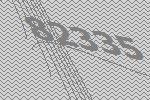
82335